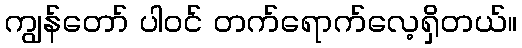
ကျွန်တော် ပါဝင် တက်ရောက်လေ့ရှိတယ်။